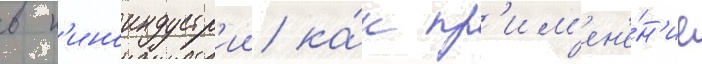
в к'иноиндустр'ии ка́к пр'им'ен'е́н'ие